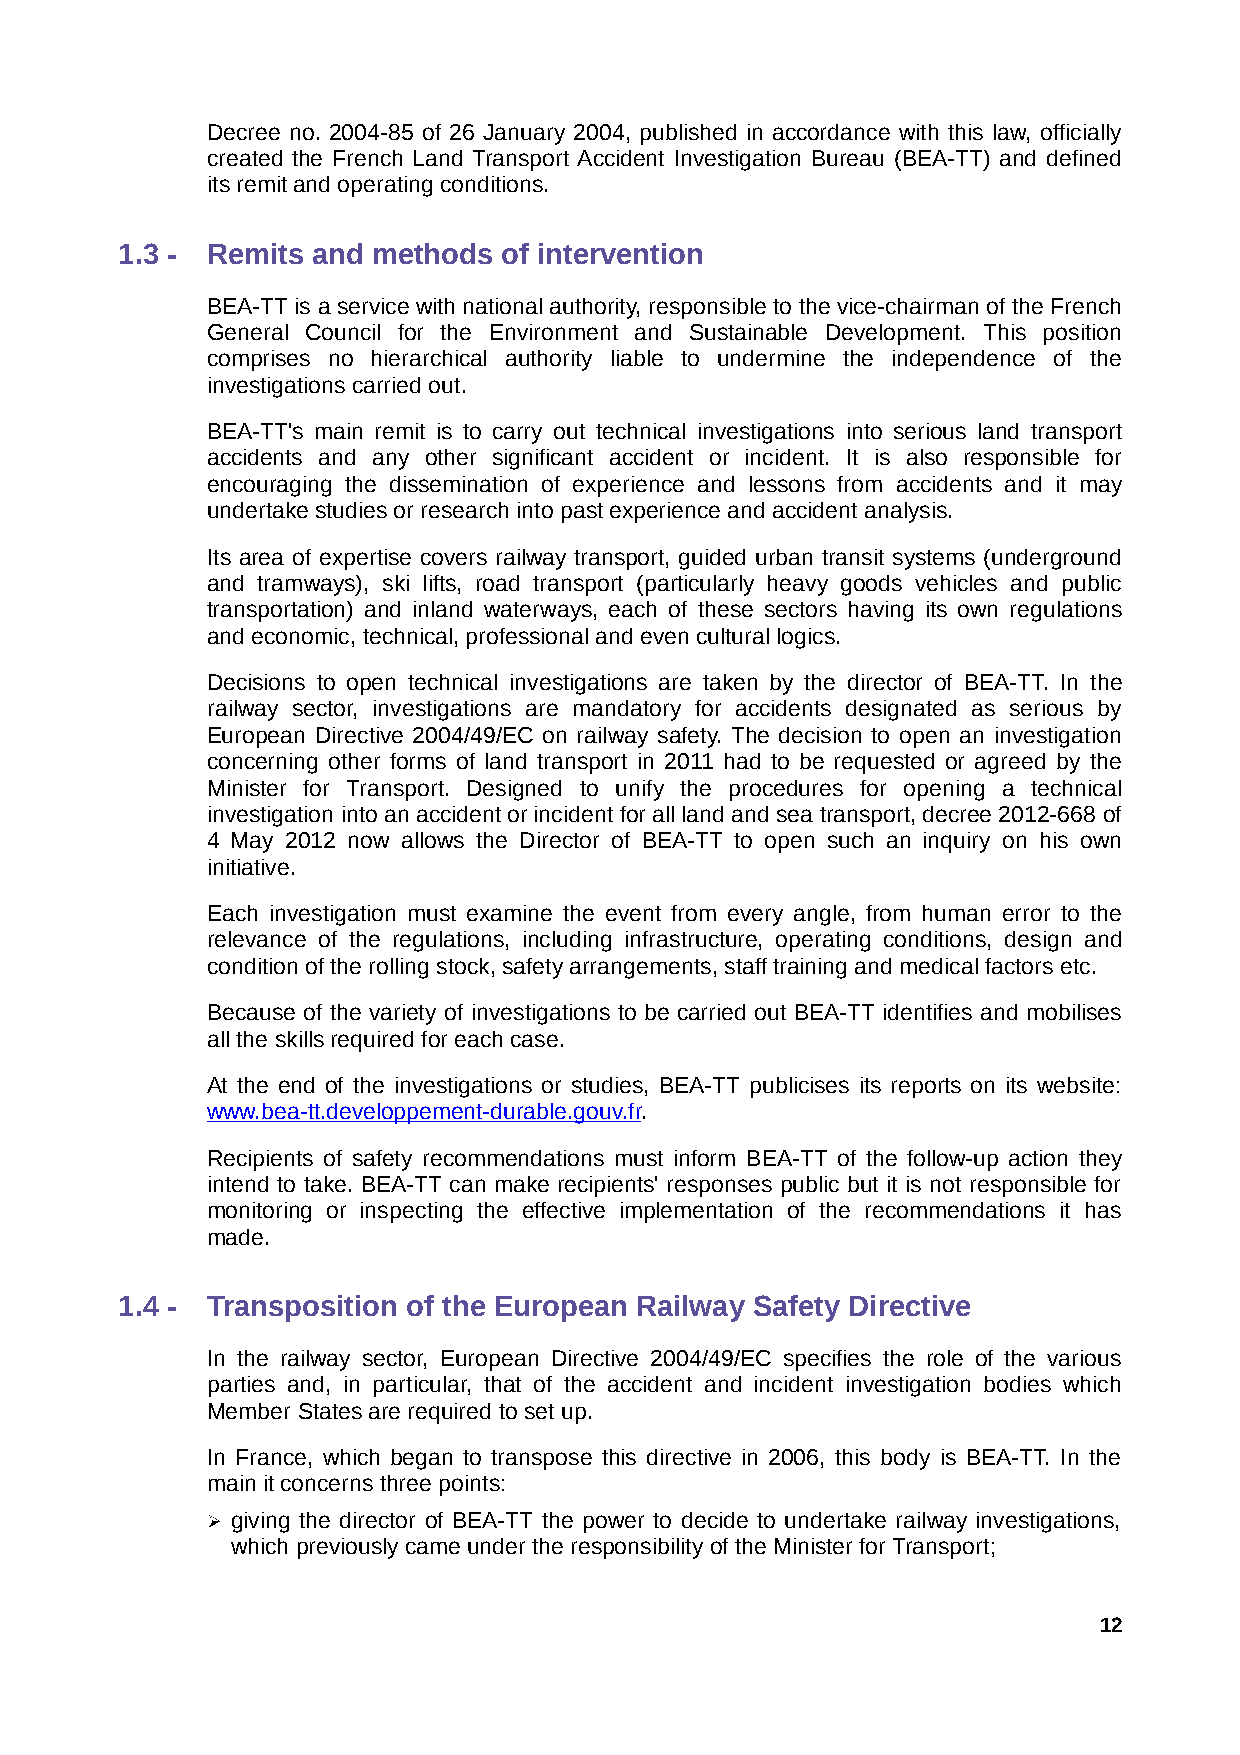
Decree no. 2004-85 of 26 January 2004, published in accordance with this law, officially
 created the French Land Transport Accident Investigation Bureau (BEA-TT) and defined
 its remit and operating conditions.
 1.3 - Remits and methods of intervention
 BEA-TT is a service with national authority, responsible to the vice-chairman of the French
 General Council for the Environment and Sustainable Development. This position
 comprises no hierarchical authority liable to undermine the independence of the
 investigations carried out.
 BEA-TT's main remit is to carry out technical investigations into serious land transport
 accidents and any other significant accident or incident. It is also responsible for
 encouraging the dissemination of experience and lessons from accidents and it may
 undertake studies or research into past experience and accident analysis.
 Its area of expertise covers railway transport, guided urban transit systems (underground
 and tramways), ski lifts, road transport (particularly heavy goods vehicles and public
 transportation) and inland waterways, each of these sectors having its own regulations
 and economic, technical, professional and even cultural logics.
 Decisions to open technical investigations are taken by the director of BEA-TT. In the
 railway sector, investigations are mandatory for accidents designated as serious by
 European Directive 2004/49/EC on railway safety. The decision to open an investigation
 concerning other forms of land transport in 2011 had to be requested or agreed by the
 Minister for Transport. Designed to unify the procedures for opening a technical
 investigation into an accident or incident for all land and sea transport, decree 2012-668 of
 4 May 2012 now allows the Director of BEA-TT to open such an inquiry on his own
 initiative.
 Each investigation must examine the event from every angle, from human error to the
 relevance of the regulations, including infrastructure, operating conditions, design and
 condition of the rolling stock, safety arrangements, staff training and medical factors etc.
 Because of the variety of investigations to be carried out BEA-TT identifies and mobilises
 all the skills required for each case.
 At the end of the investigations or studies, BEA-TT publicises its reports on its website:
 www.bea-tt.developpement-durable.gouv.fr.
 Recipients of safety recommendations must inform BEA-TT of the follow-up action they
 intend to take. BEA-TT can make recipients' responses public but it is not responsible for
 monitoring or inspecting the effective implementation of the recommendations it has
 made.
 1.4 - Transposition of the European Railway Safety Directive
 In the railway sector, European Directive 2004/49/EC specifies the role of the various
 parties and, in particular, that of the accident and incident investigation bodies which
 Member States are required to set up.
 In France, which began to transpose this directive in 2006, this body is BEA-TT. In the
 main it concerns three points:
 ➢ giving the director of BEA-TT the power to decide to undertake railway investigations,
 which previously came under the responsibility of the Minister for Transport;
 12